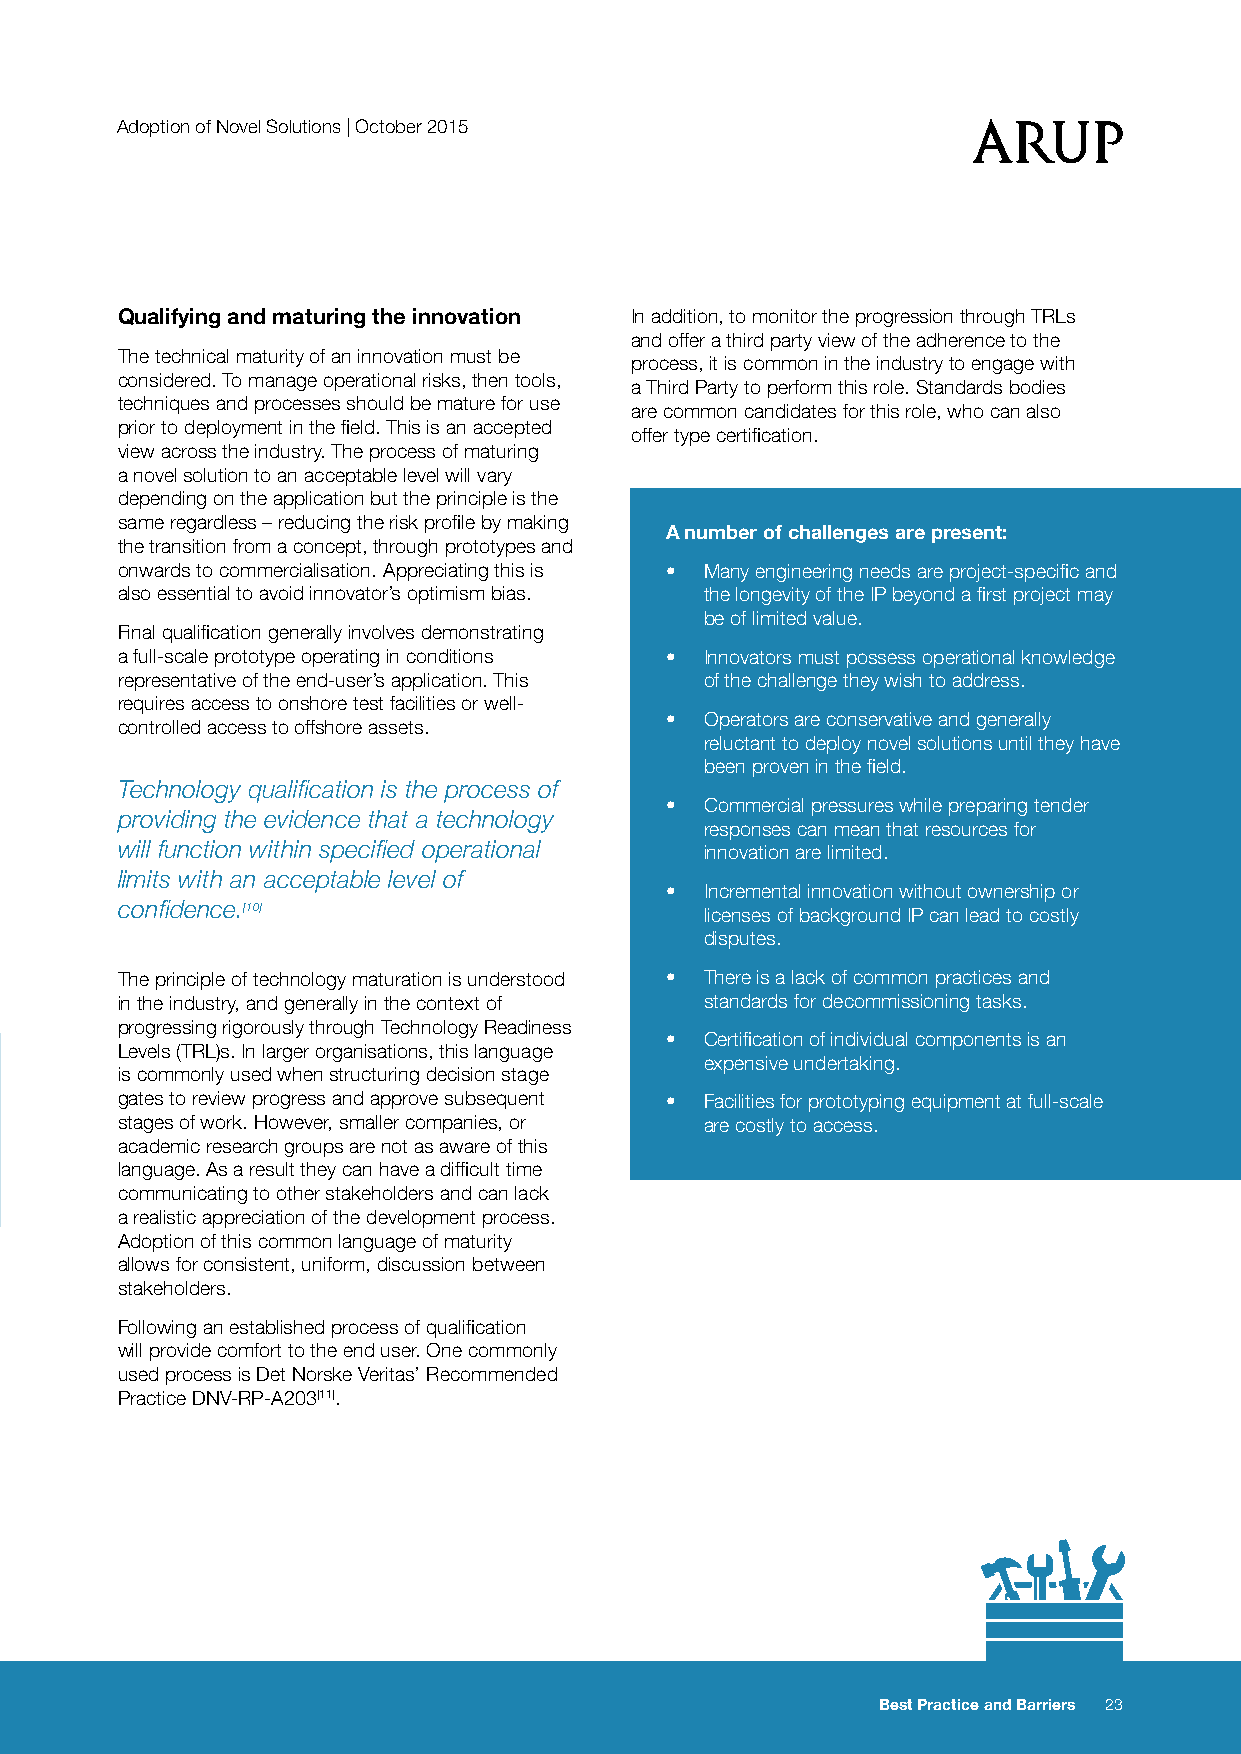
Adoption of Novel Solutions | October 2015
 Qualifying and maturing the innovation In addition, to monitor the progression through TRLs
 and offer a third party view of the adherence to the
 The technical maturity of an innovation must be
 process, it is common in the industry to engage with
 considered. To manage operational risks, then tools,
 a Third Party to perform this role. Standards bodies
 techniques and processes should be mature for use
 are common candidates for this role, who can also
 prior to deployment in the field. This is an accepted
 offer type certification.
 view across the industry. The process of maturing
 a novel solution to an acceptable level will vary
 depending on the application but the principle is the
 same regardless – reducing the risk profile by making
 A number of challenges are present:
 the transition from a concept, through prototypes and
 onwards to commercialisation. Appreciating this is • Many engineering needs are project-specific and
 also essential to avoid innovator’s optimism bias. the longevity of the IP beyond a first project may
 be of limited value.
 Final qualification generally involves demonstrating
 a full-scale prototype operating in conditions • Innovators must possess operational knowledge
 representative of the end-user’s application. This of the challenge they wish to address.
 requires access to onshore test facilities or well-
 •  Operators are conservative and generally
 controlled access to offshore assets.
 reluctant to deploy novel solutions until they have
 been proven in the field.
 Technology qualification is the process of
 •  Commercial pressures while preparing tender
 providing the evidence that a technology
 responses can mean that resources for
 will function within specified operational innovation are limited.
 limits with an acceptable level of
 •  Incremental innovation without ownership or
 confidence.[10]
 licenses of background IP can lead to costly
 disputes.
 The principle of technology maturation is understood • There is a lack of common practices and
 in the industry, and generally in the context of standards for decommissioning tasks.
 progressing rigorously through Technology Readiness
 •  Certification of individual components is an
 Levels (TRL)s. In larger organisations, this language
 expensive undertaking.
 is commonly used when structuring decision stage
 gates to review progress and approve subsequent • Facilities for prototyping equipment at full-scale
 stages of work. However, smaller companies, or are costly to access.
 academic research groups are not as aware of this
 language. As a result they can have a difficult time
 communicating to other stakeholders and can lack
 a realistic appreciation of the development process.
 Adoption of this common language of maturity
 allows for consistent, uniform, discussion between
 stakeholders.
 Following an established process of qualification
 will provide comfort to the end user. One commonly
 used process is Det Norske Veritas’ Recommended
 Practice DNV-RP-A203[11].
 Best Practice and Barriers 23